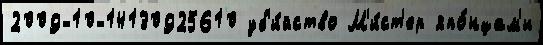
2009-10-14130925610 уб'и́йство М'и́ст'ер япо́нцам'и